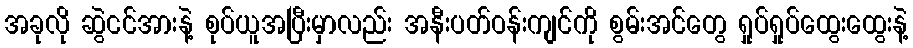
အခုလို ဆွဲငင်အားနဲ့ စုပ်ယူအပြီးမှာလည်း အနီးပတ်ဝန်းကျင်ကို စွမ်းအင်တွေ ရှုပ်ရှုပ်ထွေးထွေးနဲ့